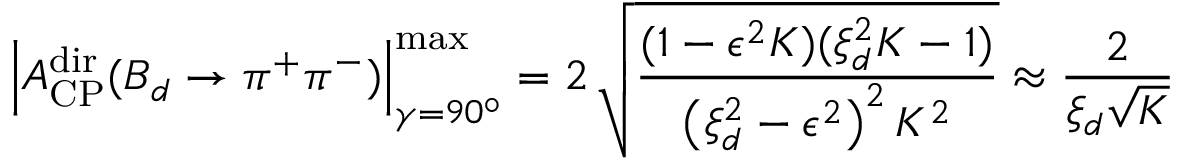
\left| { \cal A } _ { \mathrm { C P } } ^ { \mathrm { d i r } } ( B _ { d } \to \pi ^ { + } \pi ^ { - } ) \right| _ { \gamma = 9 0 ^ { \circ } } ^ { \mathrm { m a x } } = 2 \, \sqrt { \frac { ( 1 - \epsilon ^ { 2 } { \cal K } ) ( \xi _ { d } ^ { 2 } { \cal K } - 1 ) } { \left( \xi _ { d } ^ { 2 } - \epsilon ^ { 2 } \right) ^ { 2 } { \cal K } ^ { 2 } } } \approx \frac { 2 } { \xi _ { d } \sqrt { { \cal K } } }